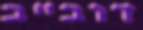
דוב"ב